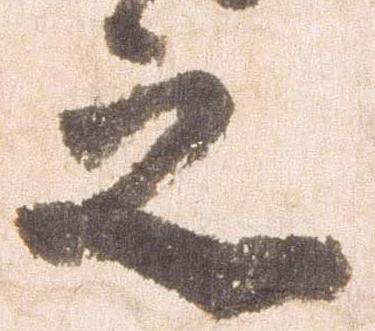
之